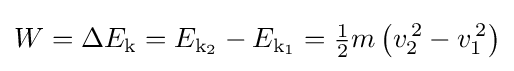
W=\Delta E_{\mathrm {k} }=E_{\mathrm {k_{2}} }-E_{\mathrm {k_{1}} }={\tfrac {1}{2}}m\left(v_{2}^{\,2}-v_{1}^{\,2}\right)